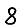
Digit: 8